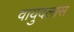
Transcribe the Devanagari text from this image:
वायुदलास